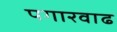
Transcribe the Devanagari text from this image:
पगारवाढ